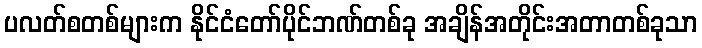
ပလတ်စတစ်များက နိုင်ငံတော်ပိုင်ဘဏ်တစ်ခု အချိန်အတိုင်းအတာတစ်ခုသာ